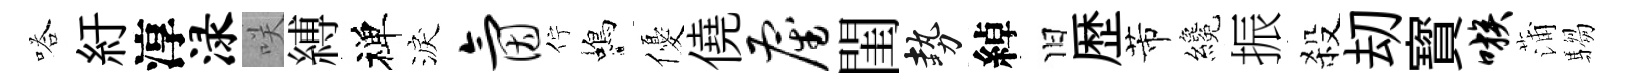
嗒紆淳渌咲縛禅淚氤佇蝎優僥雇閨勢綽旧歴芾纔振殺刧寳嗾蒲騶